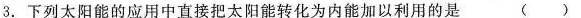
3.下列太阳能的应用中直接把太阳能转化为内能加以利用的是 ()